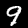
Digit: 9